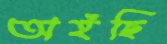
অইছি